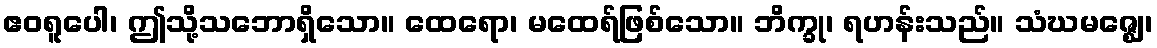
ဧဝရူပေါ၊ ဤသို့သဘောရှိသော။ ထေရော၊ မထေရ်ဖြစ်သော။ ဘိက္ခု၊ ရဟန်းသည်။ သံဃမဇ္ဈေ၊